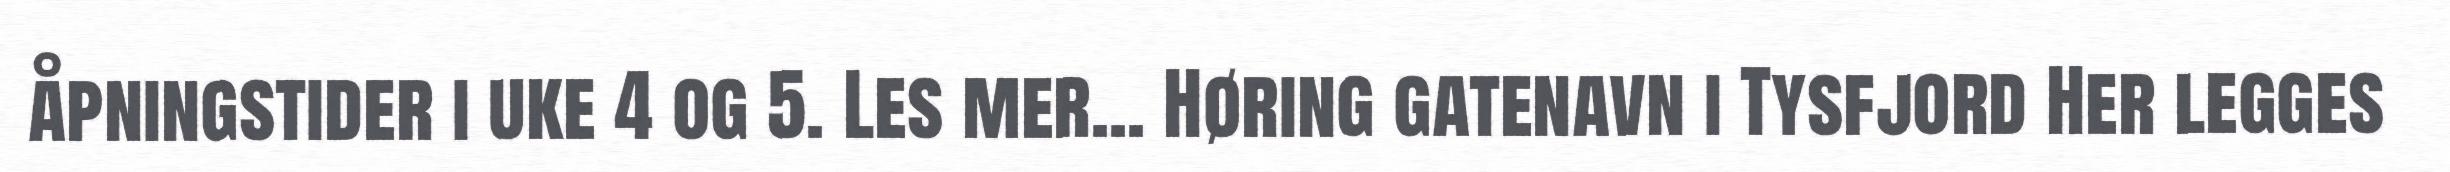
åpningstider i uke 4 og 5. Les mer... Høring gatenavn i Tysfjord Her legges